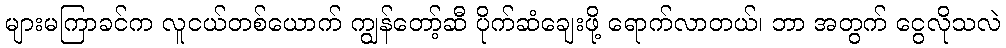
များမကြာခင်က လူငယ်တစ်ယောက် ကျွန်တော့်ဆီ ပိုက်ဆံချေးဖို့ ရောက်လာတယ်၊ ဘာ အတွက် ငွေလိုသလဲ